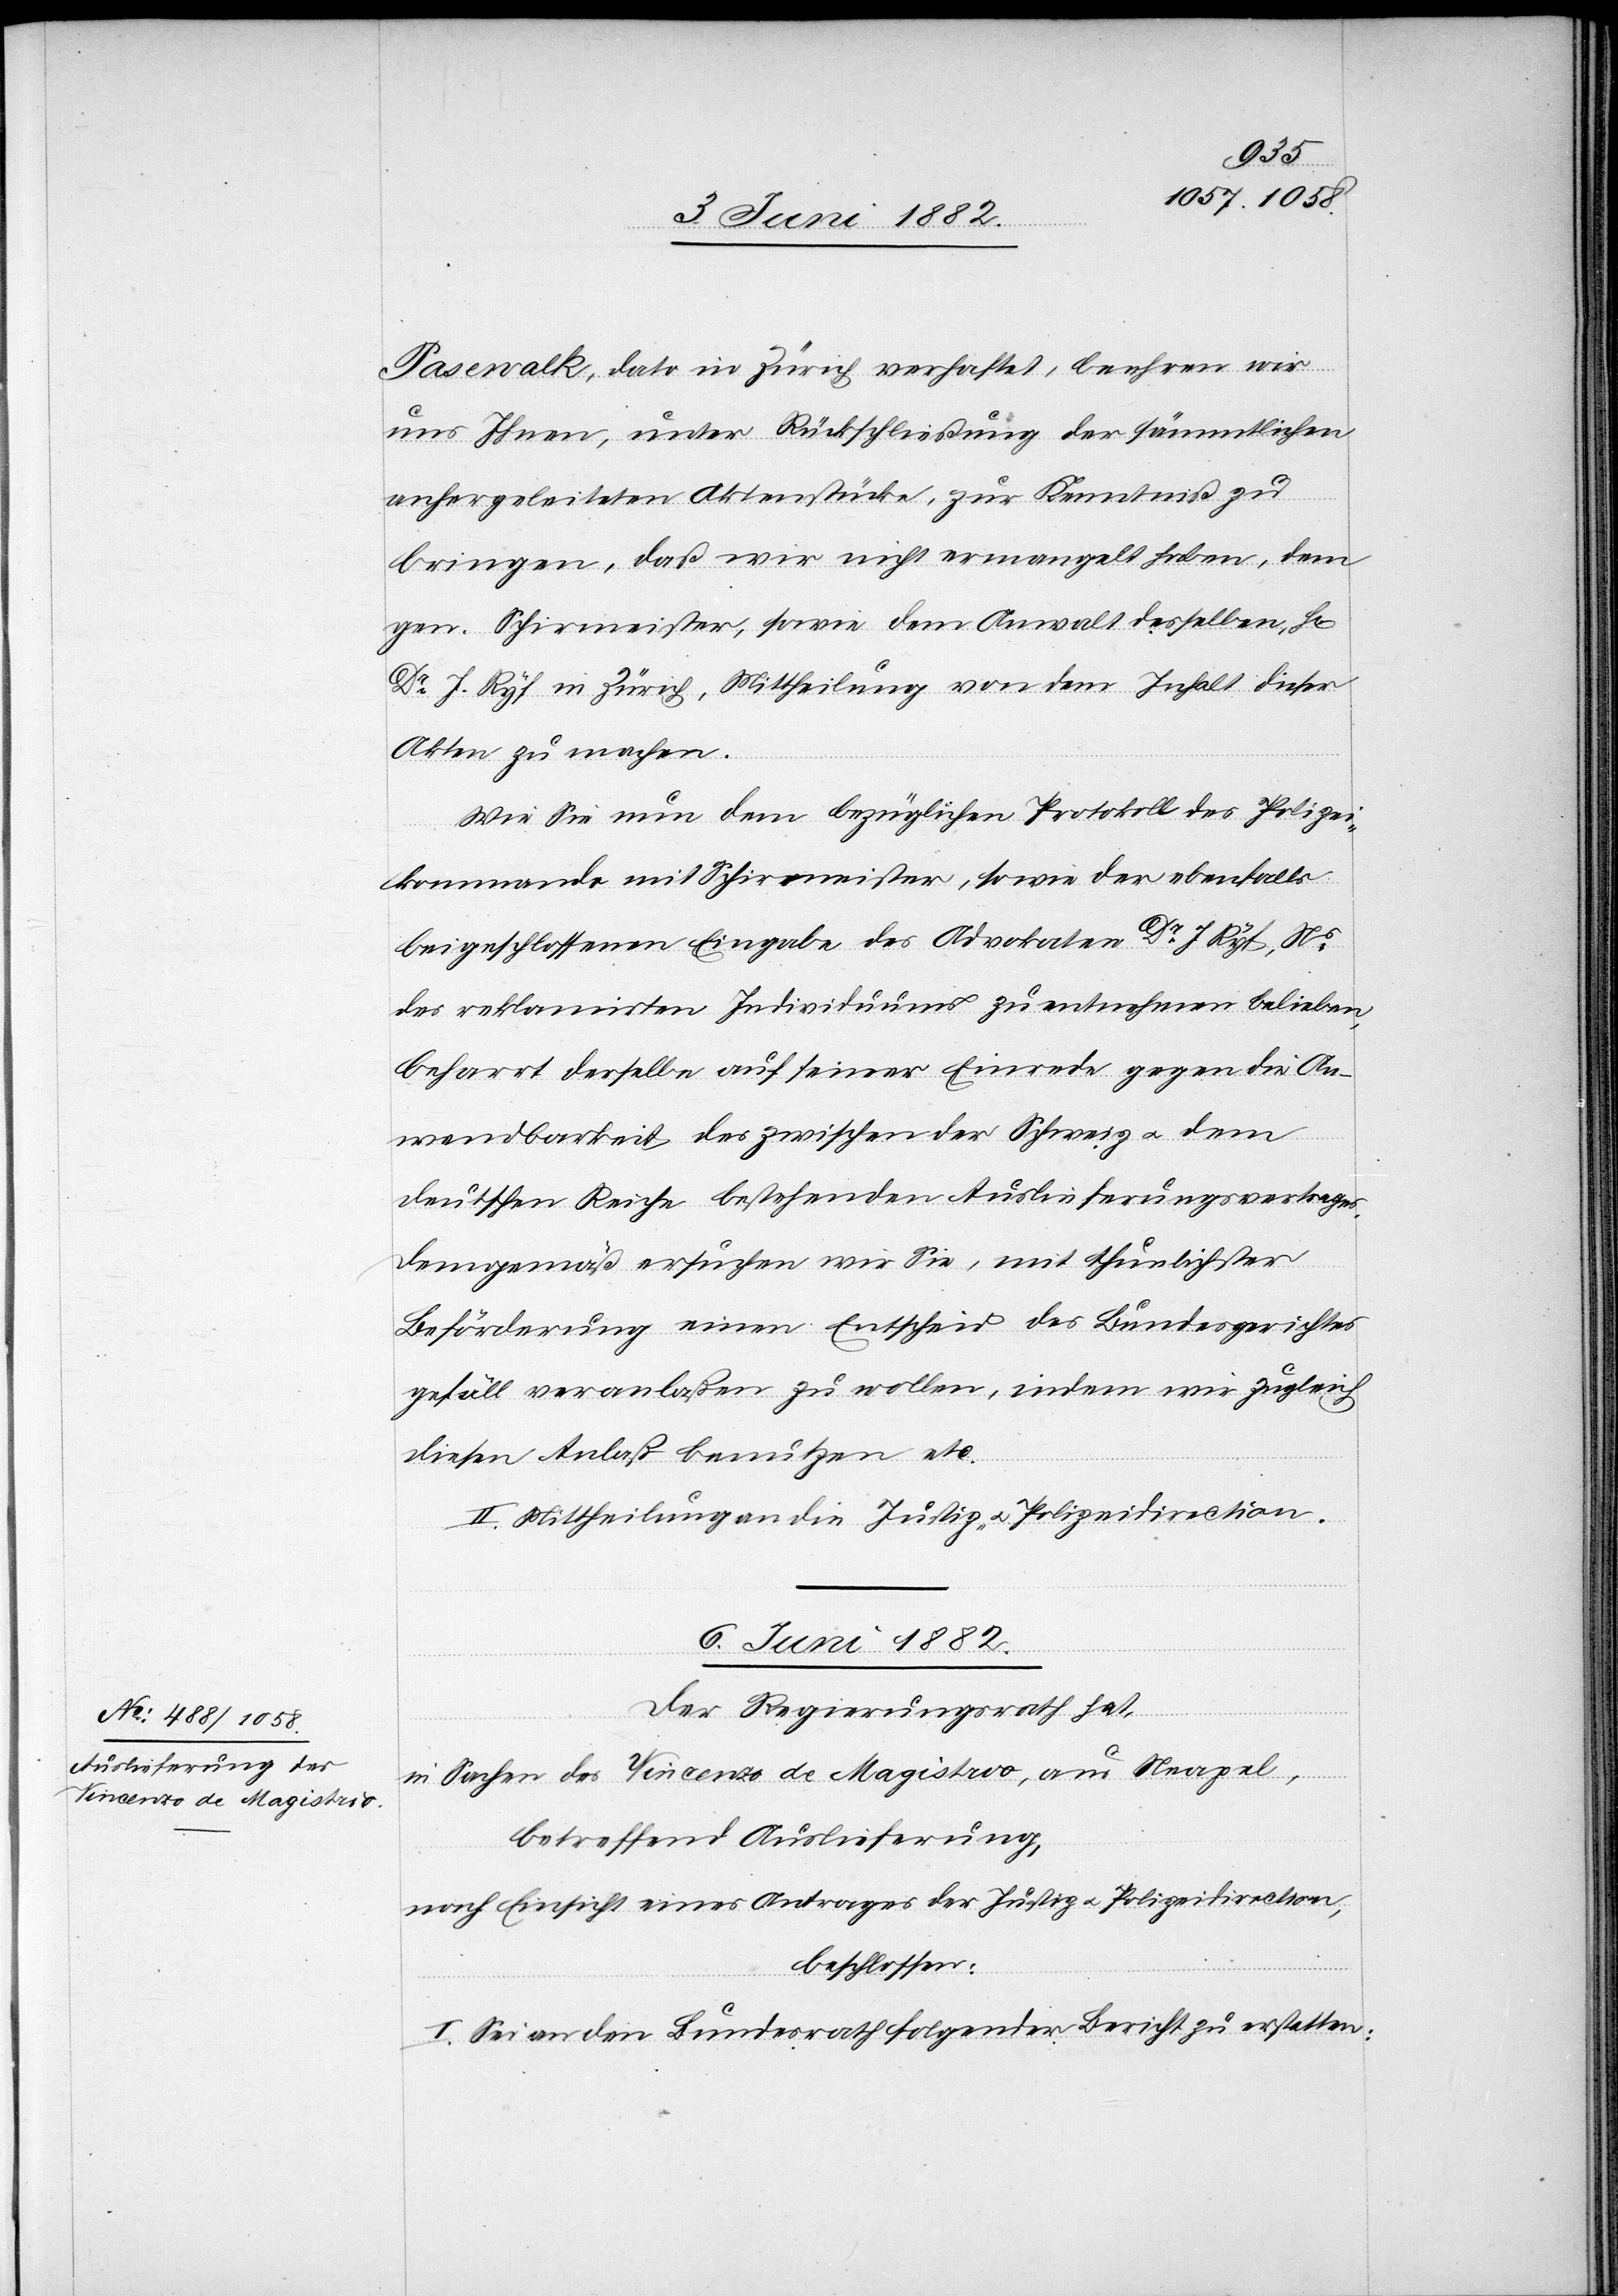
Pasewalk, dato in Zürich verhaftet, beehren wir
uns Ihnen, unter Rückschließung der sämmtlichen
anhergeleiteten Aktenstücke, zur Kenntniß zu
bringen, daß wir nicht ermangelt haben, dem
gen. Schimeister, sowie dem Anwalt desselben, H[r¬
Dr J. Ryf in Zürich, Mittheilung von dem Inhalt dieser
Akten zu machen.
Wie Sie nun dem bezüglichen Protokoll des Polizei¬
kommando mit Schirmeister, sowie der ebenfalls
beigeschlossenen Eingabe des Advokaten Dr J. Ryf, Ns
des reklamirten Individuums zu entnehmen belieben,
beharrt derselbe auf seiner Einrede gegen die An¬
wendbarkeit des zwischen der Schweiz u. dem
deutschen Reiche bestehenden Auslieferungsvertrages.
Demgemäß ersuchen wir Sie, mit thunlichster
Beförderung einen Entscheid des Bundesgerichtes
gefäll. veranlaßen zu wollen, indem wir zugleich
diesen Anlaß benutzen etc.
II. Mittheilung an die Justiz- u. Polizeidirection.
6. Juni 1882.
Der Regierungsrath hat,
n].
in Sachen des Vincenzo de Magistrio, aus Neapel,
betreffend Auslieferung,
nach Einsicht eines Antrages der Justiz- u. Polizeidirection,
beschlossen:
I. Sei an den Bundesrath folgender Bericht zu erstatten: